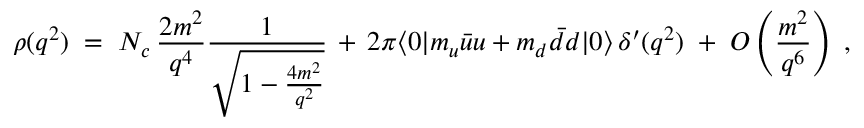
\rho ( q ^ { 2 } ) \; = \; N _ { c } \, \frac { 2 m ^ { 2 } } { q ^ { 4 } } \frac { 1 } { \sqrt { 1 - \frac { 4 m ^ { 2 } } { q ^ { 2 } } } } \, + \, 2 \pi \langle 0 | m _ { u } \bar { u } u + m _ { d } \bar { d } d | 0 \rangle \, \delta ^ { \prime } ( q ^ { 2 } ) \; + \; { \cal O } \left( \frac { m ^ { 2 } } { q ^ { 6 } } \right) \; ,